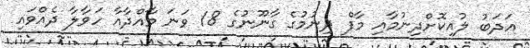
އަދަބު ލުއިކޮށްދިނުމާއި މާފް ދިނުމުގެ ގާނޫނުގެ 18 ވަނަ މާއްދާއާ ހަވާލާ ދެއްވައި